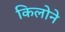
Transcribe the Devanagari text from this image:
किलोने